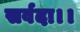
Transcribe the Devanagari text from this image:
सर्वदा।।